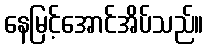
နေမြင့်အောင်အိပ်သည်။